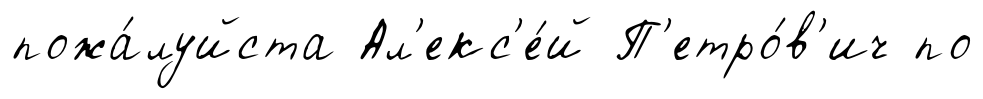
пожа́луйста Ал'екс'е́й П'етро́в'ич по